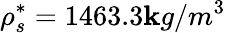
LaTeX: \rho_{s}^{*}=1463.3\mathbf{k}g/m^{3}